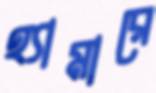
হ্যামারে